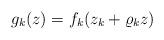
LaTeX: \begin{align*}g_k(z)=f_k(z_k+\varrho_kz)\end{align*}